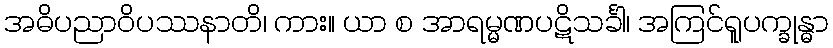
အဓိပညာဝိပဿနာတိ၊ ကား။ ယာ စ အာရမ္မဏပဋိသင်္ခါ၊ အကြင်ရူပက္ခုန္ဓာ